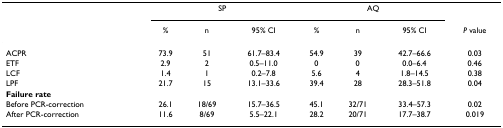
<table><thead><tr><td>[EMPTY_CELL]</td><td colspan="3"><b>SP</b></td><td colspan="3"><b>AQ</b></td><td>[EMPTY_CELL]</td></tr><tr><td>[EMPTY_CELL]</td><td><b>%</b></td><td><b>n</b></td><td><b>95% CI</b></td><td><b>%</b></td><td><b>n</b></td><td><b>95% CI</b></td><td><b><i>P </i>value</b></td></tr></thead><tbody><tr><td>ACPR</td><td>73.9</td><td>51</td><td>61.7–83.4</td><td>54.9</td><td>39</td><td>42.7–66.6</td><td>0.03</td></tr><tr><td>ETF</td><td>2.9</td><td>2</td><td>0.5–11.0</td><td>0</td><td>0</td><td>0.0–6.4</td><td>0.46</td></tr><tr><td>LCF</td><td>1.4</td><td>1</td><td>0.2–7.8</td><td>5.6</td><td>4</td><td>1.8–14.5</td><td>0.38</td></tr><tr><td>LPF</td><td>21.7</td><td>15</td><td>13.1–33.6</td><td>39.4</td><td>28</td><td>28.3–51.8</td><td>0.04</td></tr><tr><td><b>Failure rate</b></td><td>[EMPTY_CELL]</td><td>[EMPTY_CELL]</td><td>[EMPTY_CELL]</td><td>[EMPTY_CELL]</td><td>[EMPTY_CELL]</td><td>[EMPTY_CELL]</td><td>[EMPTY_CELL]</td></tr><tr><td>Before PCR-correction</td><td>26.1</td><td>18/69</td><td>15.7–36.5</td><td>45.1</td><td>32/71</td><td>33.4–57.3</td><td>0.02</td></tr><tr><td>After PCR-correction</td><td>11.6</td><td>8/69</td><td>5.5–22.1</td><td>28.2</td><td>20/71</td><td>17.7–38.7</td><td>0.019</td></tr></tbody></table>